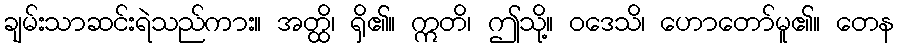
ချမ်းသာဆင်းရဲသည်ကား။ အတ္ထိ၊ ရှိ၏။ ဣတိ၊ ဤသို့။ ဝဒေသိ၊ ဟောတော်မူ၏။ တေန